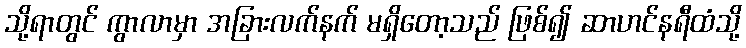
သို့ရာတွင် ကွာလာမှာ အခြားလက်နက် မရှိတော့သည် ဖြစ်၍ ဆာဟင်နရီထံသို့